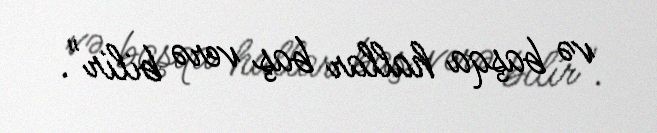
və başqa hallar baş verə bilir".